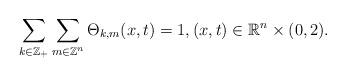
LaTeX: \begin{align*}\sum\limits_{k \in \mathbb{Z}_{+}}\sum\limits_{m \in \mathbb{Z}^{n}}\Theta_{k,m}(x,t)=1, (x,t) \in \mathbb{R}^{n} \times (0,2).\end{align*}